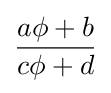
{\frac {a\phi +b}{c\phi +d}}